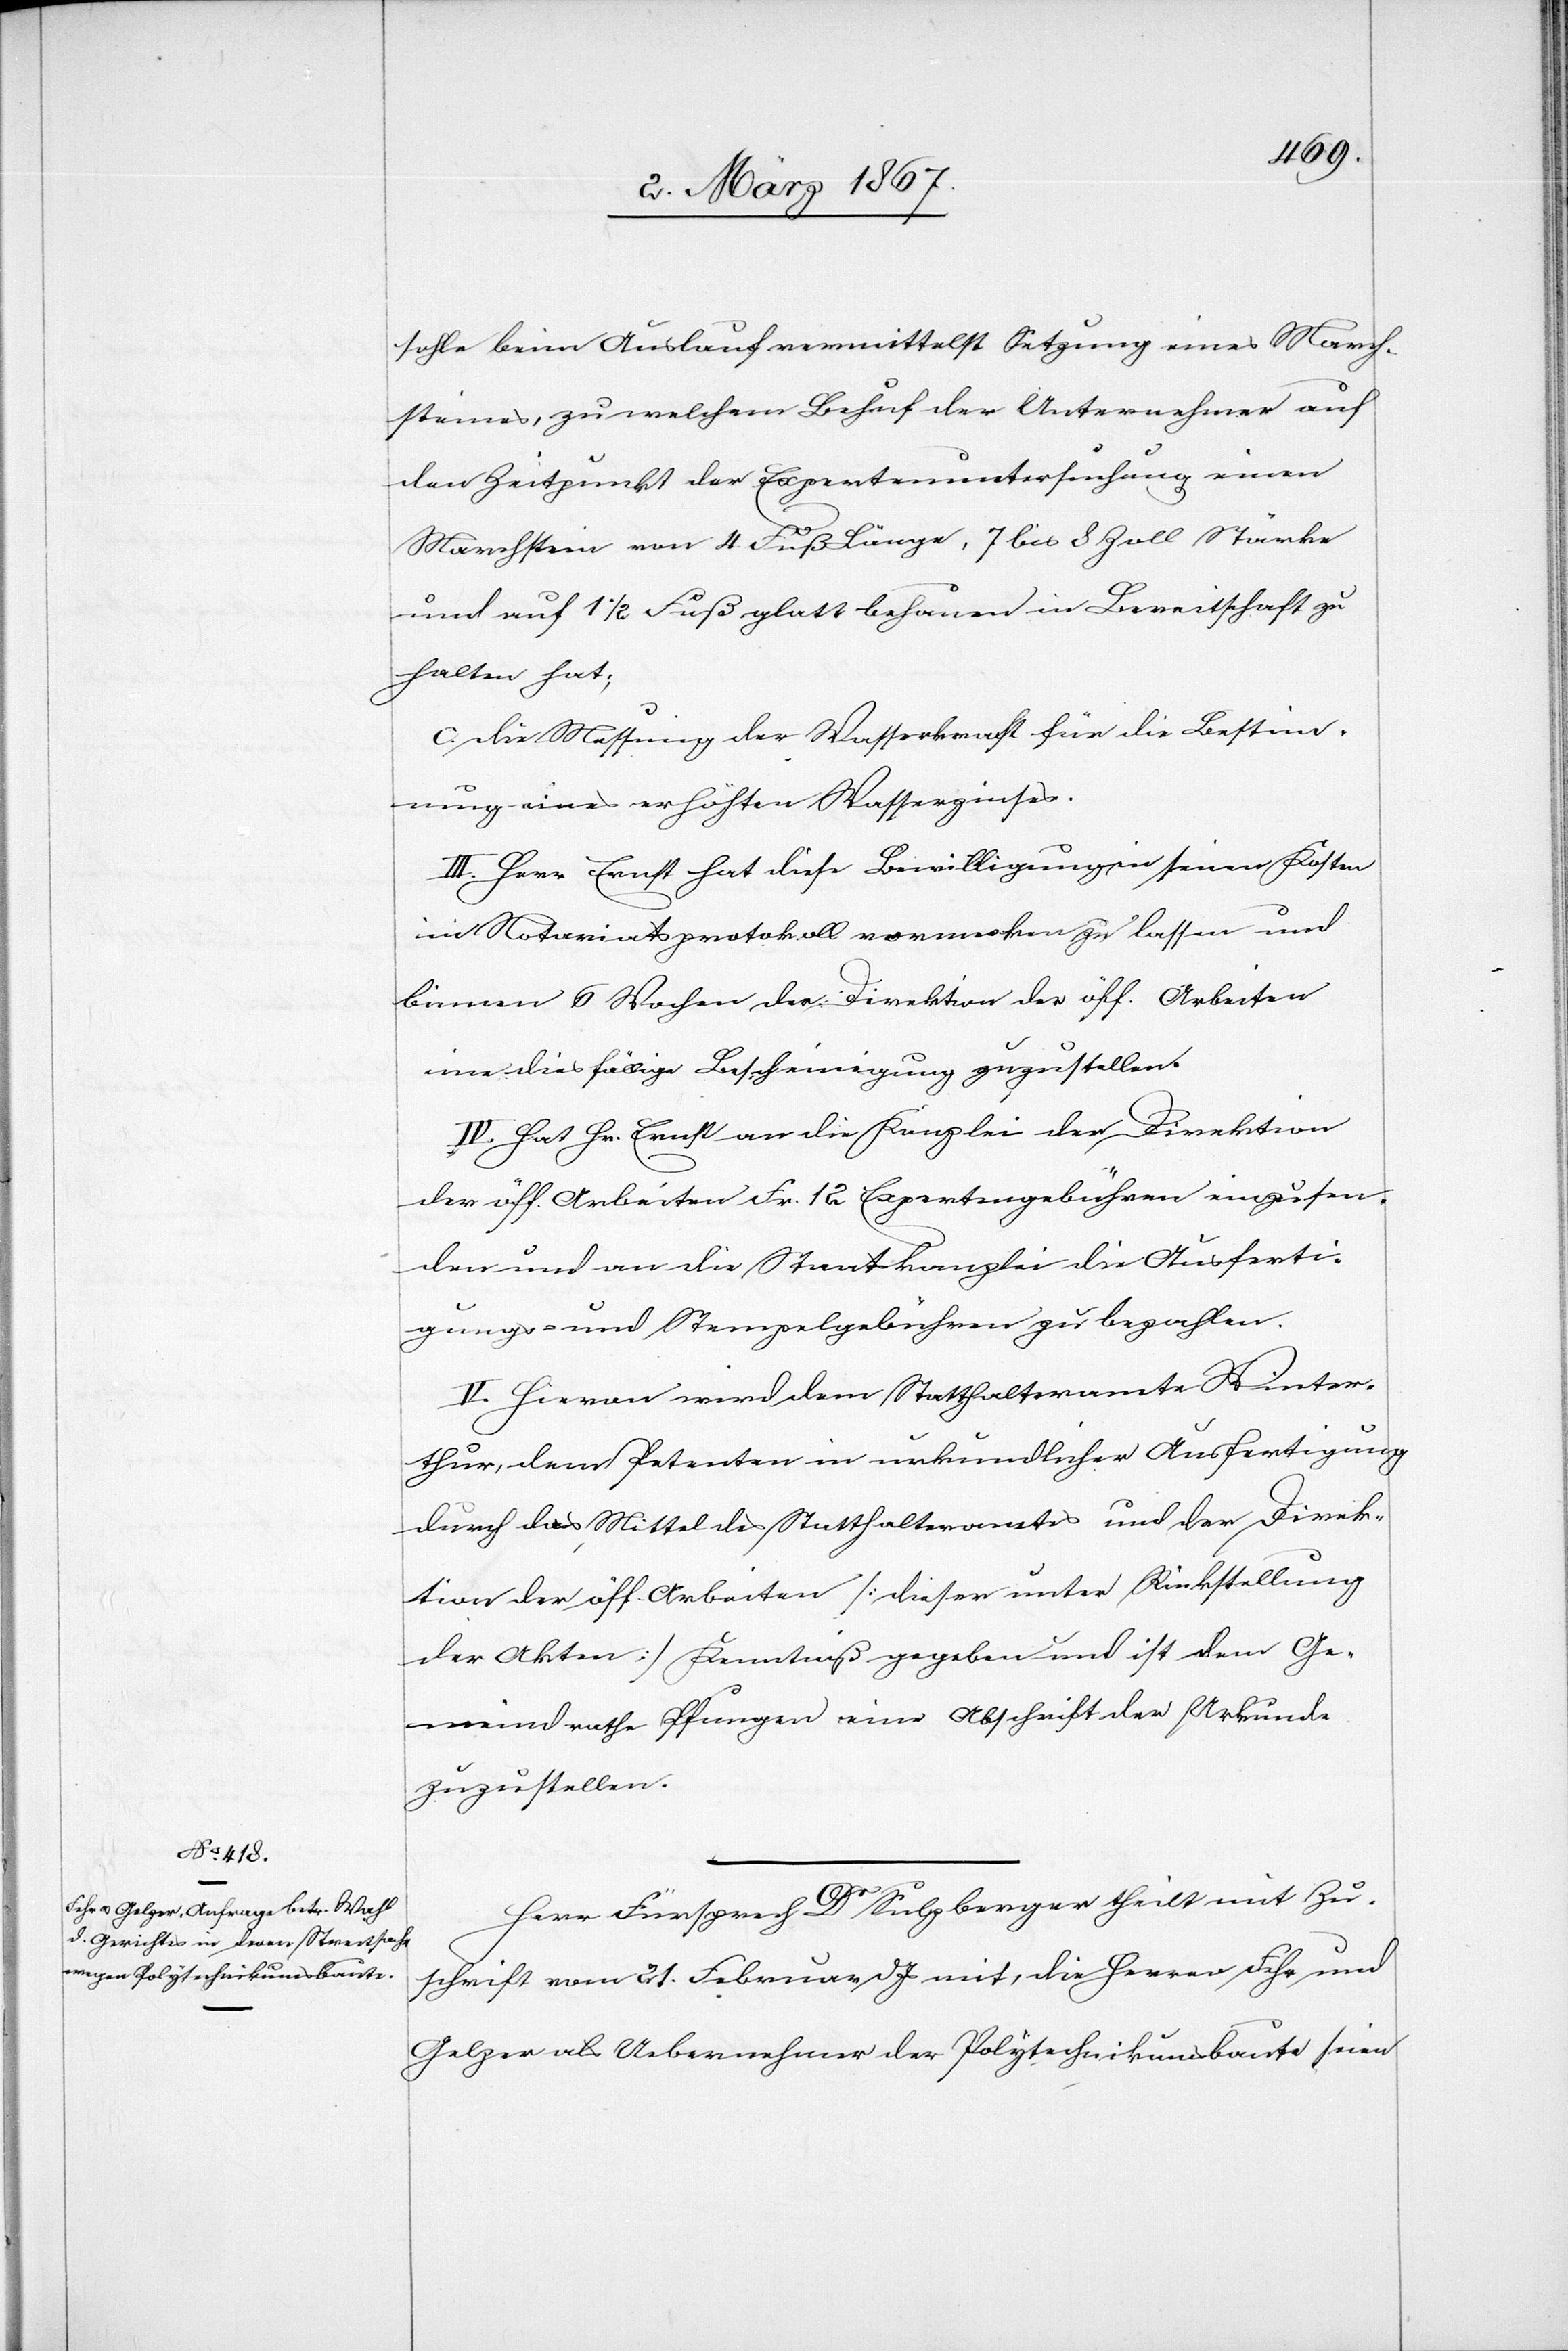
sohle beim Auslauf vermittelst Setzung eines March¬
steines, zu welchem Behuf der Unternehmer auf
den Zeitpunkt der Expertenuntersuchung einen
Marchstein von 4 Fuß Länge, 7 bis 8 Zoll Stärke
und auf 1 1/2 Fuß glatt behauen in Bereitschaft zu
halten hat;
c. die Messung der Wasserkraft für die Bestimm¬
ung eines erhöhten Wasserzinses.
III. Herr Ernst hat diese Bewilligung in seinen Kosten
im Notariatsprotokoll vormerken zu lassen und
binnen 6 Wochen der Direktion der öff. Arbeiten
eine diesfällige Bescheinigung zuzustellen.
IV. Hat Hr. Ernst an die Kanzlei der Direktion
der öff. Arbeiten Fr. 12 Expertengebühren einzusen¬
den und an die Staatskanzlei die Ausferti¬
gungs- und Stempelgebühren zu bezahlen.
V. Hievon wird dem Statthalteramte Winter¬
thur, dem Petenten in urkundlicher Ausfertigung
durch das Mittel des Statthalteramtes und der Direk¬
tion der öff. Arbeiten [dieser unter Rückstellung
der Akten] Kenntniß gegeben und ist dem Ge¬
meindrathe Pfungen eine Abschrift der Urkunde
zuzustellen.
Herr Fürsprech Dr Sulzberger theilt mit Zu¬
schrift vom 21. Februar d. Js mit, die Herren Fehr und
Gelzer als Uebernehmer der Polytechnikumsbaute seien